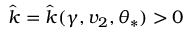
\hat { k } = \hat { k } ( \gamma , v _ { 2 } , \theta _ { \ast } ) > 0